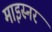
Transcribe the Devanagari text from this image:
माइस्नर